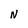
Character: N